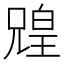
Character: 𫤟